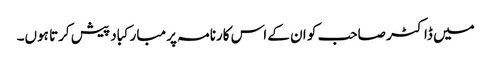
میں ڈاکٹر صاحب کو ان کے اس کارنامہ پر مبارکباد پیش کرتا ہوں۔